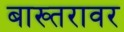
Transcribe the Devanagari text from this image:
बाख्तरावर